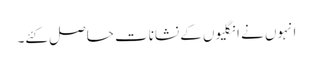
انہوں نے انگلیوں کے نشانات حاصل کئے۔